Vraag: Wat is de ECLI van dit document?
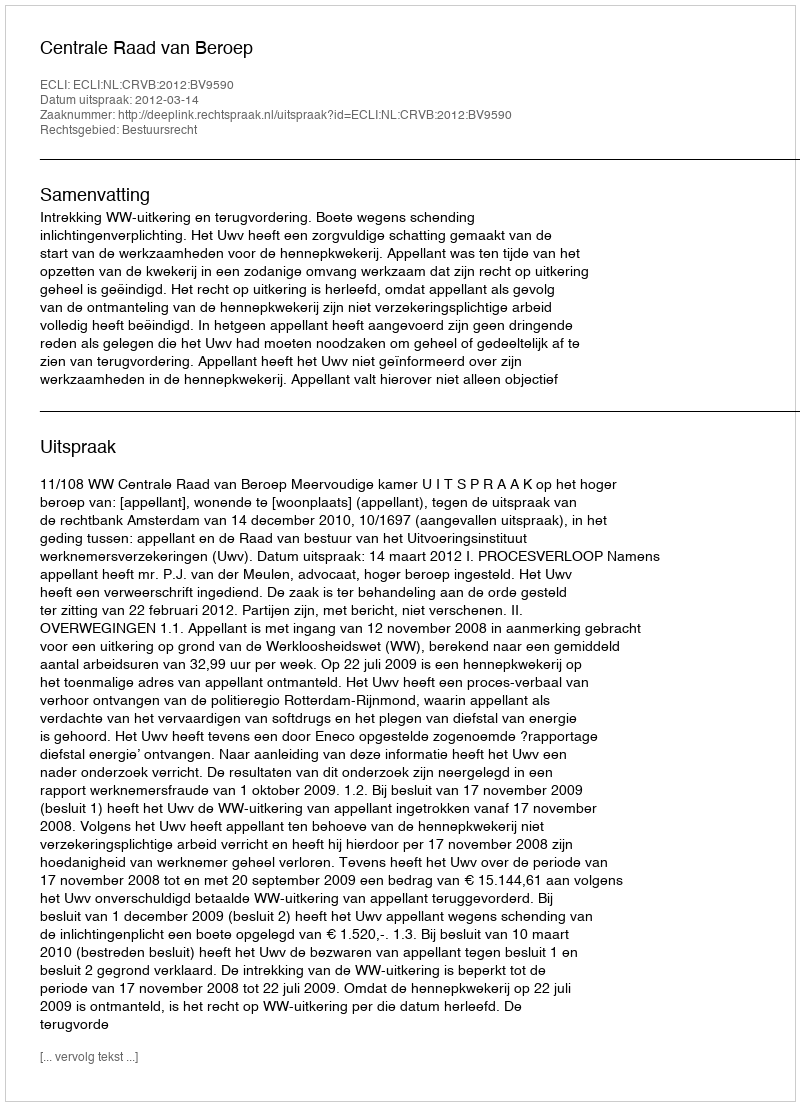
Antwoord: ECLI:NL:CRVB:2012:BV9590